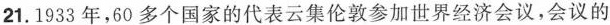
21.1933年，60多个国家的代表云集伦敦参加世界经济会议，会议的